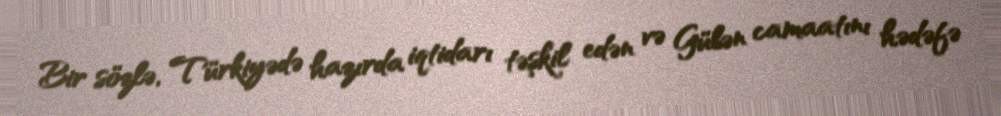
Bir sözlə, Türkiyədə hazırda iqtidarı təşkil edən və Gülən camaatını hədəfə